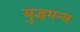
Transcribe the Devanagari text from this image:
युद्धमन्य